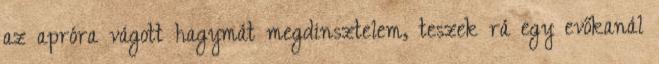
az apróra vágott hagymát megdinsztelem, teszek rá egy evőkanál